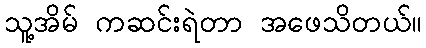
သူ့အိမ် ကဆင်းရဲတာ အဖေသိတယ်။